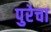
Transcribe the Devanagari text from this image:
पुरेचा